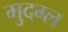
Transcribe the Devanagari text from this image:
मुदग्ल